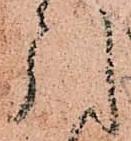
引